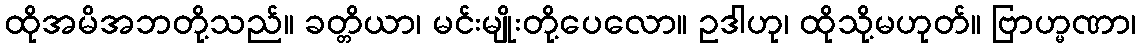
ထိုအမိအဘတို့သည်။ ခတ္တိယာ၊ မင်းမျိုးတို့ပေလော။ ဥဒါဟု၊ ထိုသို့မဟုတ်။ ဗြာဟ္မဏာ၊